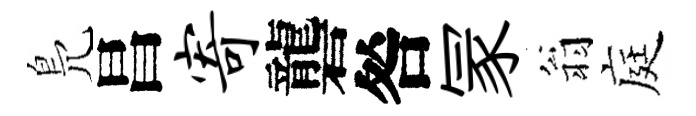
鳬昌寄礱咎冡翁庭